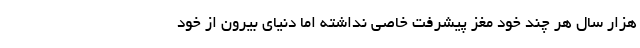
هزار سال هر چند خود مغز پیشرفت خاصی نداشته اما دنیای بیرون از خود